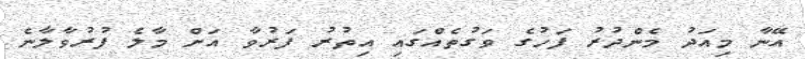
އޭނާ މިއަދު މެންދުރު ފަހުގެ ވަގުތެއްގައި އިތުރު ފަރުވާ އަށް މާލެ ފުރުވާލާނެ